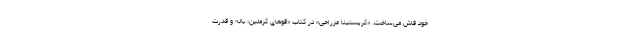
خود فاش می‌ساخت. «کریستینا عزراحی» در کتاب «قوهای کرملین: باله و قدرت